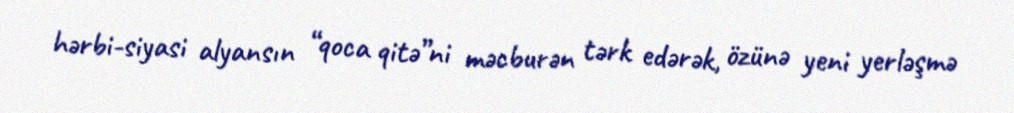
hərbi-siyasi alyansın “qoca qitə”ni məcburən tərk edərək, özünə yeni yerləşmə